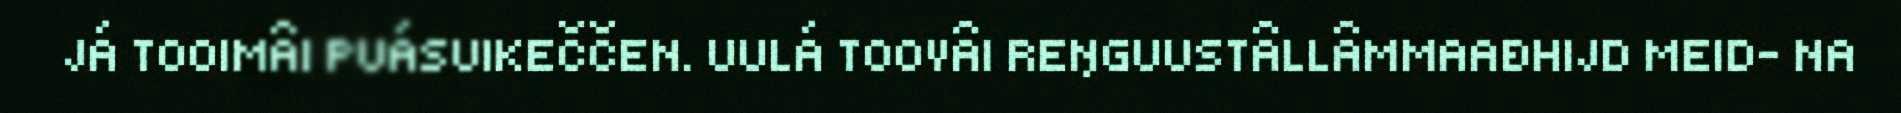
JÁ TOOIMÂI PUÁSUIKEČČEN. UULÁ TOOVÂI REŊGUUSTÂLLÂMMAAĐHIJD MEID– NA